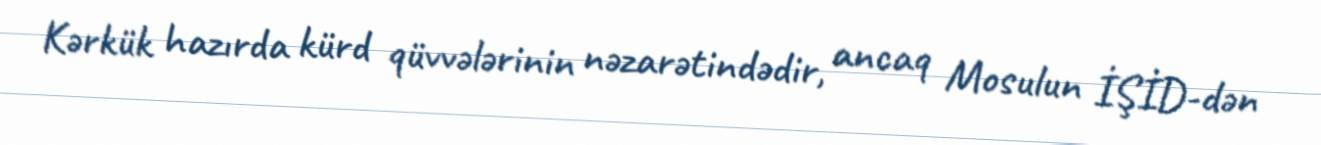
Kərkük hazırda kürd qüvvələrinin nəzarətindədir, ancaq Mosulun İŞİD-dən